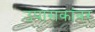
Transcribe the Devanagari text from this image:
उपासकांवर